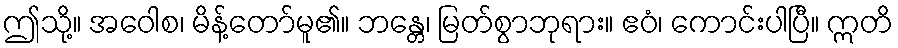
ဤသို့။ အဝေါစ၊ မိန့်တော်မူ၏။ ဘန္တေ၊ မြတ်စွာဘုရား။ ဧဝံ၊ ကောင်းပါပြီ။ ဣတိ